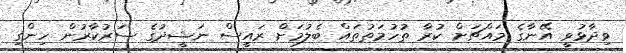
ވިދާޅުވީ އޭނާގެ މައްޗަށް ކުރާ ތުހުމަތުތައް ބެލުމަށް ރައީސް ނަޝީދުގެ ސަރުކާރުން ހިންގި